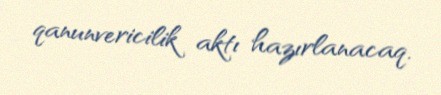
qanunvericilik aktı hazırlanacaq.